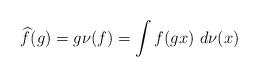
LaTeX: \begin{align*}\widehat{f}(g) = g\nu(f) = \int f(gx)~d\nu(x)\end{align*}